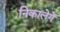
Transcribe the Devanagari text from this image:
निकालेगें